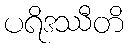
ပရိဒဿီတိ